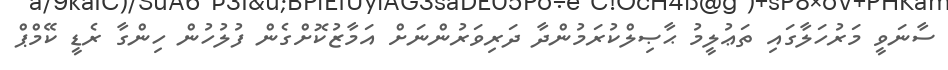
ސާނަވީ މަރުހަލާގައި ތަޢުލީމު ޙާޞިލްކުރަމުންދާ ދަރިވަރުންނަށް އަމާޒުކޮށްގެން ފުލުހުން ހިންގާ ރެޑީ ކޭމްޕް